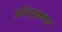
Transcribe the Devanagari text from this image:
अतिसूक्ष्म्वाद